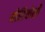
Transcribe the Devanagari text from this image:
मोरियोशी